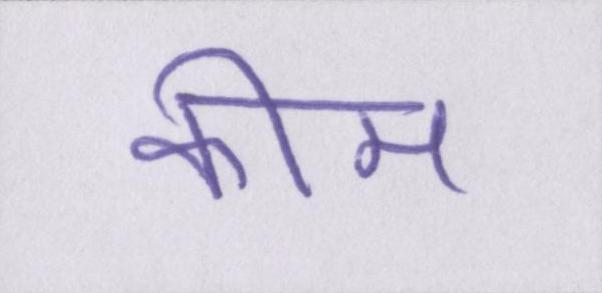
कीम